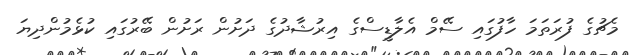
މެޗުގެ ފުރަތަމަ ހާފުގައި ސޭމް އެލާޑީސްގެ އިރުޝާދުގެ ދަށުން ރަށުން ބޭރުގައި ކުޅެމުންދިޔަ